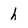
Character: h